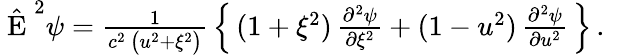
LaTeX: \begin{array}{r}{\hat{\mathrm{~E~}}^{2}\psi=\frac{1}{c^{2}\, \big(u^{2}+\xi^{2}\big)}\, \Big\{ \, (1+\xi^{2})\, \frac{\partial^{2}\psi}{\partial\xi^{2}}+(1-u^{2})\, \frac{\partial^{2}\psi}{\partial u^{2}}\, \Big\} \, .\ \ \ }\end{array}